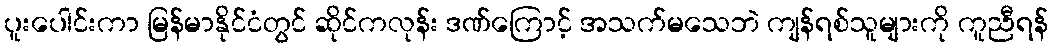
ပူးပေါင်းကာ မြန်မာနိုင်ငံတွင် ဆိုင်ကလုန်း ဒဏ်ကြောင့် အသက်မသေဘဲ ကျန်ရစ်သူများကို ကူညီရန်